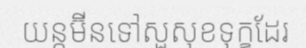
យន្តម៊ីនទៅសួសុខទុក្ខដែរ